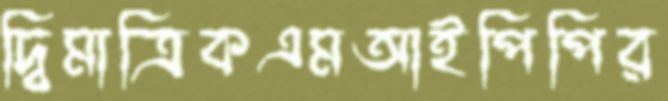
দ্বিমাত্রিকএমআইপিপির